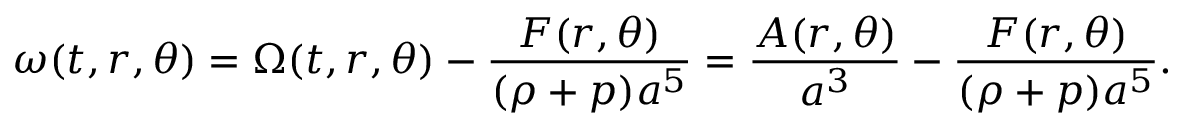
\omega ( t , r , \theta ) = \Omega ( t , r , \theta ) - \frac { F ( r , \theta ) } { ( \rho + p ) a ^ { 5 } } = \frac { A ( r , \theta ) } { a ^ { 3 } } - \frac { F ( r , \theta ) } { ( \rho + p ) a ^ { 5 } } .